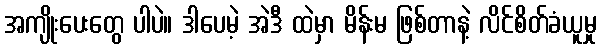
အကျိုးပေးတွေ ပါပဲ။ ဒါပေမဲ့ အဲဒီ ထဲမှာ မိန်းမ ဖြစ်တာနဲ့ လိင်စိတ်ခံယူမှု